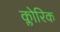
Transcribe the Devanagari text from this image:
क्लोरिक